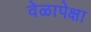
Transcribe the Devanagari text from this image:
वेळापेक्षा